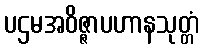
ပဌမအဝိဇ္ဇာပဟာနသုတ္တံ